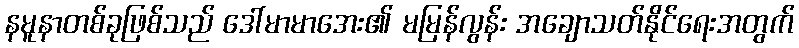
နမူနာတစ်ခုဖြစ်သည် ဒေါ်မာမာအေး၏ မမြန်လွန်း အချောသတ်နိုင်ရေးအတွက်